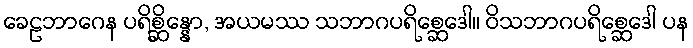
ခေဠဘာဂေန ပရိစ္ဆိန္နော, အယမဿ သဘာဂပရိစ္ဆေဒေါ။ ဝိသဘာဂပရိစ္ဆေဒေါ ပန